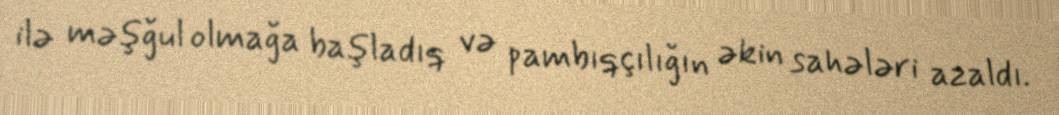
ilə məşğul olmağa başladıq və pambıqçılığın əkin sahələri azaldı.